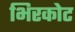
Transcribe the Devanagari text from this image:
भिरकोट